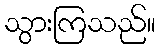
သွားကြသည်။